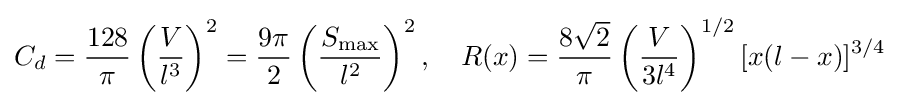
C_{d}={\frac {128}{\pi }}\left({\frac {V}{l^{3}}}\right)^{2}={\frac {9\pi }{2}}\left({\frac {S_{\mathrm {max} }}{l^{2}}}\right)^{2},\quad R(x)={\frac {8{\sqrt {2}}}{\pi }}\left({\frac {V}{3l^{4}}}\right)^{1/2}[x(l-x)]^{3/4}